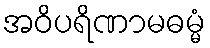
အဝိပရိဏာမဓမ္မံ